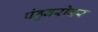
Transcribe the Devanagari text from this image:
पंडूबरोबर